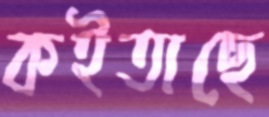
কইতাছে